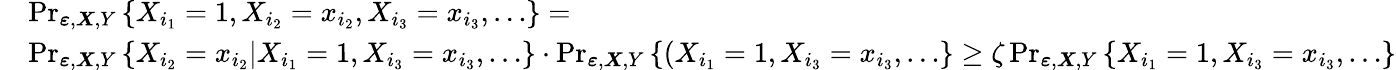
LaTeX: \begin{array}{rl}&{\operatorname*{Pr}_{\boldsymbol{\varepsilon},\boldsymbol{X},Y}\left\{ X_{i_{1}}=1,X_{i_{2}}=x_{i_{2}},X_{i_{3}}=x_{i_{3}},\ldots\right\} =}\\ &{\operatorname*{Pr}_{\boldsymbol{\varepsilon},\boldsymbol{X},Y}\left\{ X_{i_{2}}=x_{i_{2}}|X_{i_{1}}=1,X_{i_{3}}=x_{i_{3}},\ldots\right\} \cdot\operatorname*{Pr}_{\boldsymbol{\varepsilon},\boldsymbol{X},Y}\left\{ (X_{i_{1}}=1,X_{i_{3}}=x_{i_{3}},\ldots\right\} \geq\zeta\operatorname*{Pr}_{\boldsymbol{\varepsilon},\boldsymbol{X},Y}\left\{ X_{i_{1}}=1,X_{i_{3}}=x_{i_{3}},\ldots\right\} }\end{array}